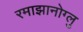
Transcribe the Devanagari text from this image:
रमाझानोग्लु